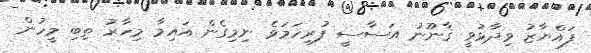
ފައްޔާޒު ވިދާޅުވީ ޤާނޫނު އަސާސީ ފުރިހަމަވެ ނިމިގެން އައިމާ މިހާރު ތިބި މީހުން